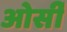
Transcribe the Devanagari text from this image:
ओर्सी